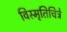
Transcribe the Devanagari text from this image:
विस्मृतिचित्रे